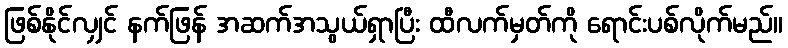
ဖြစ်နိုင်လျှင် နက်ဖြန် အဆက်အသွယ်ရှာပြီး ထီလက်မှတ်ကို ရောင်းပစ်လိုက်မည်။